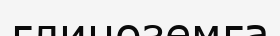
глиноземға